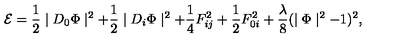
{ \cal E } = \frac { 1 } { 2 } \mid D _ { 0 } \Phi \mid ^ { 2 } + \frac { 1 } { 2 } \mid D _ { i } \Phi \mid ^ { 2 } + \frac { 1 } { 4 } F _ { i j } ^ { 2 } + \frac { 1 } { 2 } F _ { 0 i } ^ { 2 } + \frac { \lambda } { 8 } ( \mid \Phi \mid ^ { 2 } - 1 ) ^ { 2 } ,